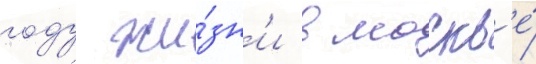
году жи́зн'и в москв'е́